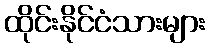
ထိုင်းနိုင်ငံသားများ